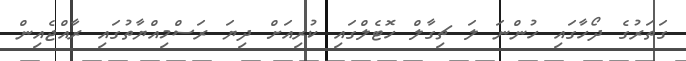
ގަތަރުގެ ދޯހާގައި ހުންނަ ލަ ޗިގާލް ހޮޓެލްގައި ކުރިއަށް ދިޔަ ރަސްމިއްޔާތުގައި ރާއްޖެއިން